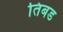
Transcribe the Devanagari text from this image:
तिबड